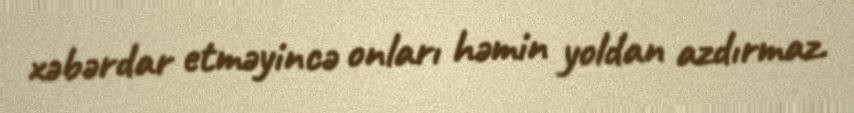
xəbərdar etməyincə onları həmin yoldan azdırmaz.